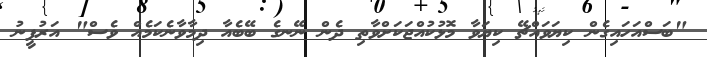
"ބަސްއަހައިގެން ކިޔަވައްޗޭ ކިޔަވާ މޮޅުކުއްޖަކަށްވާތި ދެން ނޭނގެ ބޭބެއާ ދިމާވާނެކަމެއް ވެސް" އަރުފީނު